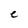
Character: e